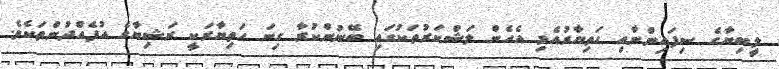
ލީބިޔާގެ ސިފައިންނާއި ހަތިޔާރުއެޅި އެހެން ލަޝްކަރުތަކުގައި ބޭނުންކުރާ ގިނަ ހަތިޔާރަކީ ރަޝިޔާގެ އުފެއްދުންތަކެވެ.